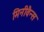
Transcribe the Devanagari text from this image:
मिनीवैन्स